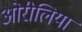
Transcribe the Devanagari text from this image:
ओरीलिया